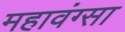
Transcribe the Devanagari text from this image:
महावंग्सा